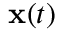
\mathbf { x } ( t )